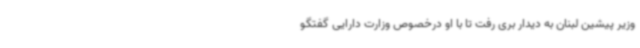
وزیر پیشین لبنان به دیدار بری رفت تا با او درخصوص وزارت دارایی گفتگو